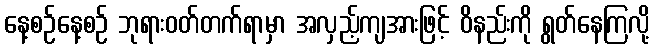
နေ့စဉ်နေ့စဉ် ဘုရားဝတ်တက်ရာမှာ အလှည့်ကျအားဖြင့် ဝိနည်းကို ရွတ်နေကြလို့